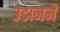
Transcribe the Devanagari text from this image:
उडानमे